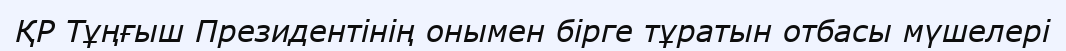
ҚР Тұңғыш Президентінің онымен бірге тұратын отбасы мүшелері